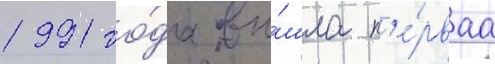
1991 го́да вы́шла п'е́рваа